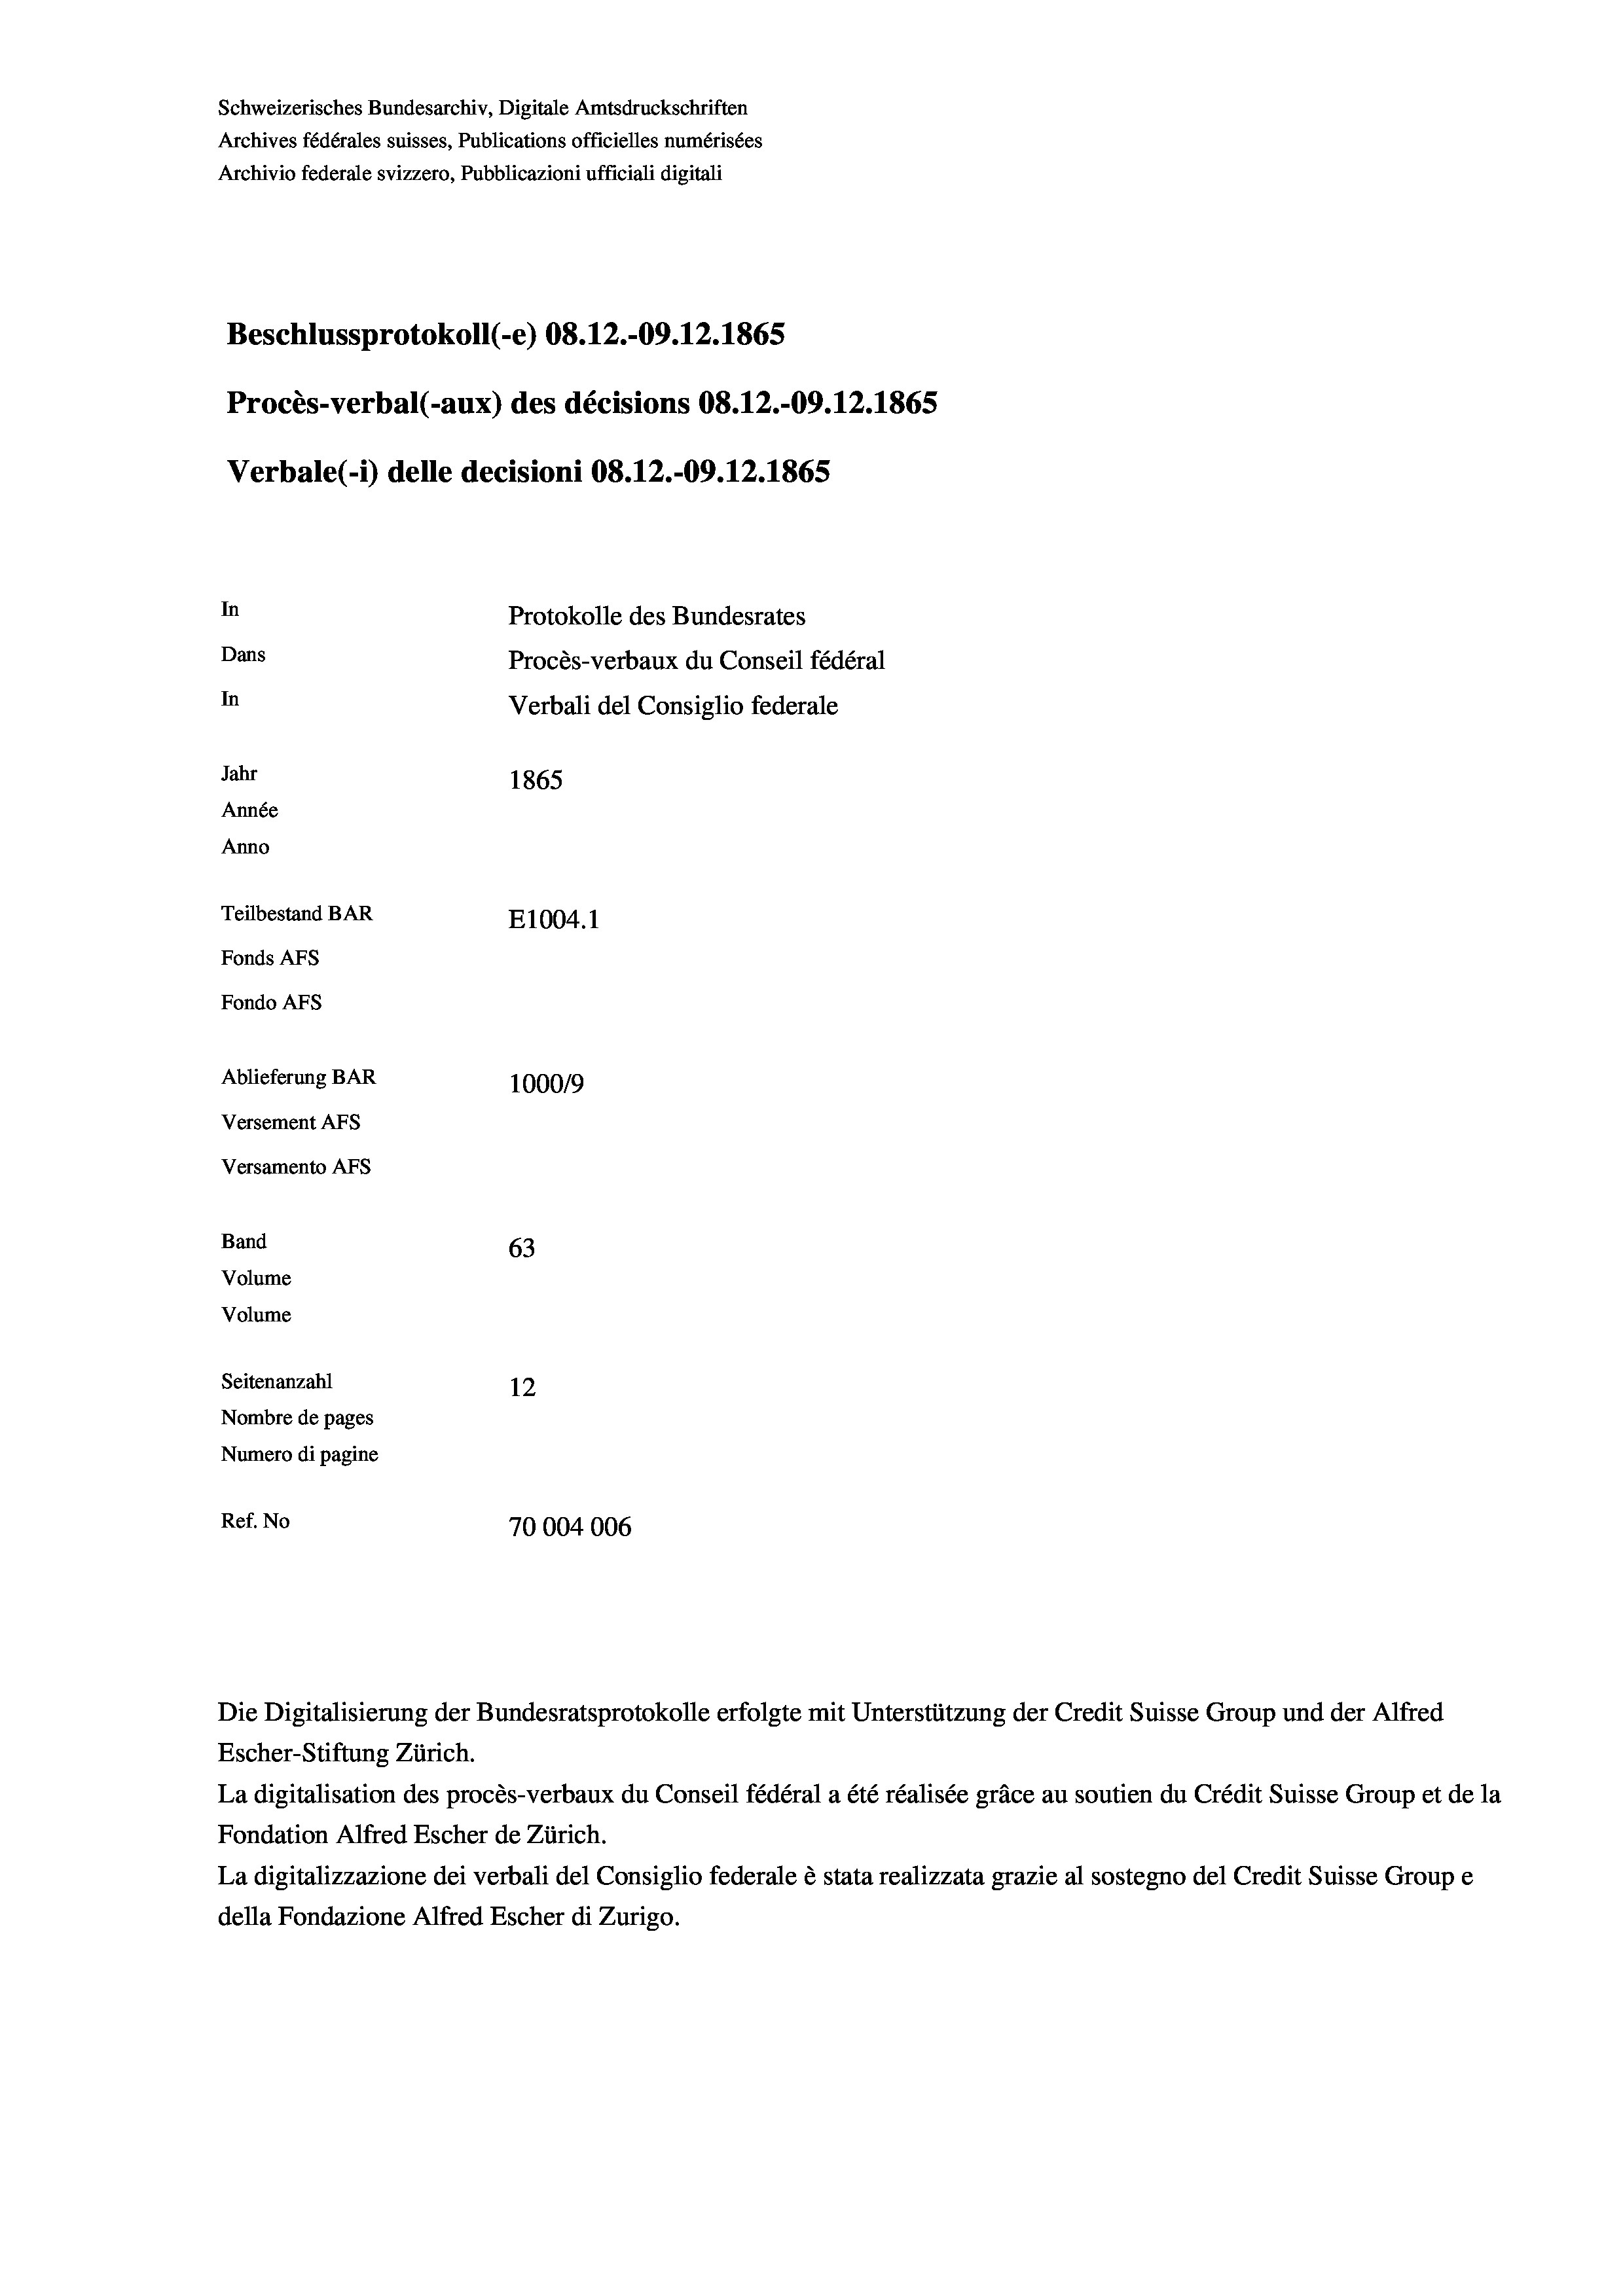
Schweizerisches Bundesarchiv, Digitale Amtsdruckschriften
Archives fédérales suisses, Publications officielles numérisées
Archivio federale svizzero, Pubblicazioni ufficiali digitali
Beschlussprotokoll (-e) 08. 12.-09. 12. 1865
Procès-verbal (-aux) des décisions OS.12.-09. 12. 1865
Verbale (- 1) delle decisioni 08.12.-09. 12. 1865
In
Protokolle des Bundesrates
Dans
Procès-verbaux du Conseil fédéral
In
Verbali del Consiglio federale
Jahr
1865
Année
Anno
Teilbestand BAR
E1004.1
Fonds AFs
Fondo AFS
Ablieferung BAR
100019
Versement AFs
Versamento AFs
Band
63
Volume
Volume

Seitenanzahl
12
Nombre de pages
Numero di pagine
Ref. No
70004006

La digitalisation des procès-verbaux du Conseil fédéral a été réalisée gräce au soutien du Crédit Suisse Group et de la
Fondation Alfred Escher de Zürich.
La digitalizzazione dei verbali del Consiglio federale è stata realizzata grazie al sostegno del Credit Suisse Groupe
della Fondazione Alfred Escher di Zurigo.

Die Digitalisierung der Bundesratsprotokolle erfolgte mit Unterstützung der Credit Suisse Group und der Alfred
Escher-Stiftung Zürich.